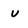
Character: U